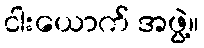
ငါးယောက် အဖွဲ့။